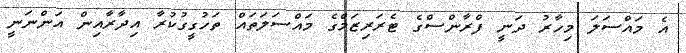
އެ މައްސަލަ މިހާރު ދަނީ ފްރާންސްގެ ޓެރަރިޒަމްގެ މައްސަލަތައް ތަހުގީގުކުރާ އިދާރާއިން އަންނަނީ